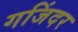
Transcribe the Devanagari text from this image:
गजिंदर